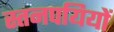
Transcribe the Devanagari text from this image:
स्तनपयियों